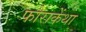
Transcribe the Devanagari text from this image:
फोराकेंथा